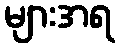
များအရ